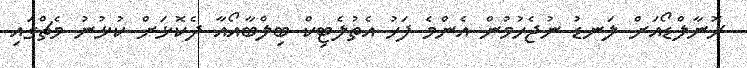
ރޮނާލްޑޯއަށް ލަނޑު ނުޖެހުމުން އެންމެ ފަހު އެތުލެޓިކް ބިލްބާއޯއާ ދެކޮޅަށް ކުޅުނު މެޗްގައި